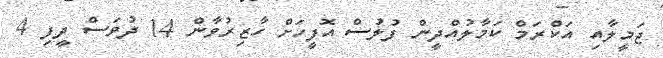
ޖަމީލާއި އަކްރަމް ކަމާލުއްދީން ފުލުސް އޮފީހަށް ހާޒިރުވާން 14 ދުވަސް ދީފި 4